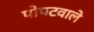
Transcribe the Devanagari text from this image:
पोपटवाले